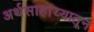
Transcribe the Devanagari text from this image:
अर्थसाहाय्यातून